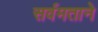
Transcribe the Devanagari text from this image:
सर्वमताने